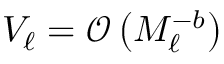
V _ { \ell } = \mathcal { O } \left( M _ { \ell } ^ { - b } \right)